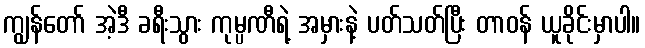
ကျွန်တော် အဲ့ဒီ ခရီးသွား ကုမ္ပဏီရဲ့ အမှားနဲ့ ပတ်သတ်ပြီး တာဝန် ယူခိုင်းမှာပါ။